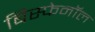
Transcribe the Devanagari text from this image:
बिस्फेनॉल